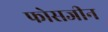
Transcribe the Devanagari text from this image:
फोसजीन